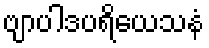
ဗျာပါဒပရိယေသနံ